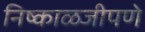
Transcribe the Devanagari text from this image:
निष्काळजीपणे